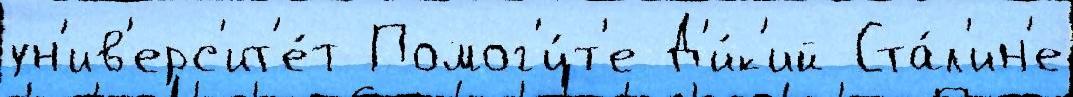
ун'ив'ерс'ит'е́т Помог'и́т'е Д'и́к'ий Ста́л'ин'е